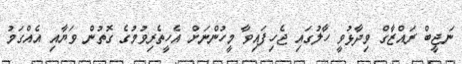
ނަޖީބް ރައްޒާގް ވިދާޅުވީ ހާލުގައި ޖެހިފައިވާ މީހުންނަށް އެހީތެރިވުމުގެ ގޮތުން ވަޔާއި އެއްގަމު